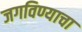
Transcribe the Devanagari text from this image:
जगविण्याचा